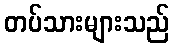
တပ်သားများသည်